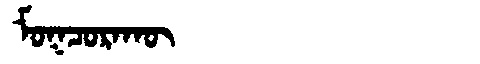
Manchu: ᠮᠣᡴᠴᠣᡵᠠᡴᡡ
Romanization: MOKCORAKŪ